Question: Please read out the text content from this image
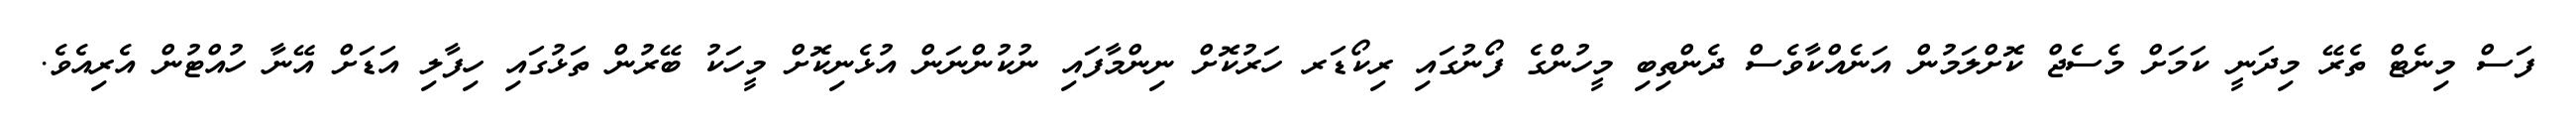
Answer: ފަސް މިނެޓް ތެރޭ މިދަނީ ކަމަށް މެސެޖް ކޮށްލަމުން އަނެއްކާވެސް ދެންތިބި މީހުންގެ ފޯނުގައި ރިކޯޑަރ ހަރުކޮށް ނިންމާފައި ނުކުންނަން އުޅެނިކޮށް މީހަކު ބޭރުން ތަޅުގައި ހިފާލި އަޑަށް އޭނާ ހުއްޓުން އެރިއެވެ.